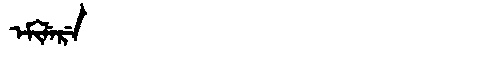
Manchu: ᡝᠮᡳᠯᡝᡵᡝ
Romanization: EMILERE